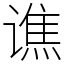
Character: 谯